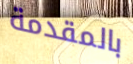
بالمقدمة